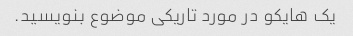
یک هایکو در مورد تاریکی موضوع بنویسید.